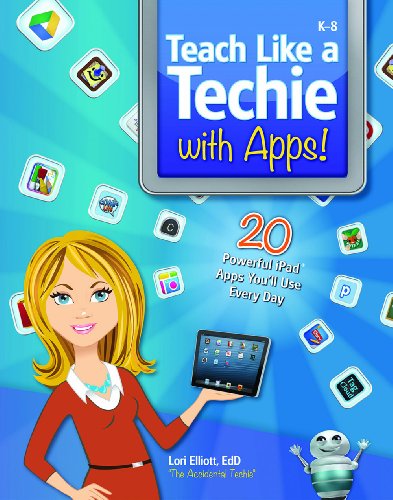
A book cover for Teach Like a Techie with Apps!; Lori Elliott; Computers & Technology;